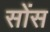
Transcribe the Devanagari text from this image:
सोंस